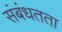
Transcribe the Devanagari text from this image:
संबंधतता